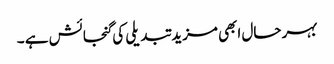
بہر حال ابھی مزید تبدیلی کی گنجائش ہے ۔